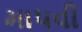
માપવી